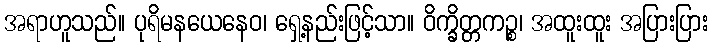
အရာဟူသည်။ ပုရိမနယေနေဝ၊ ရှေ့နည်းဖြင့်သာ။ ဝိက္ခိတ္တကဉ္စ၊ အထူးထူး အပြားပြား